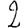
Digit: 2